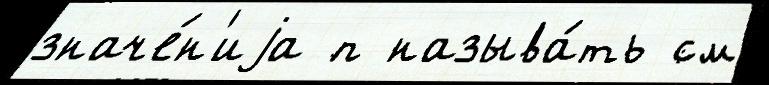
значе́н'иjа п называ́ть см